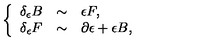
\left\{ \begin{array} { r c l } { \delta _ { \epsilon } B } & { \sim } & { \epsilon F , } \\ { \delta _ { \epsilon } F } & { \sim } & { \partial \epsilon + \epsilon B , } \\ \end{array} \right.